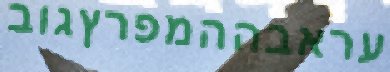
עראבההמפרץגוב